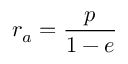
r _ { a } = { \frac { p } { 1 - e } }